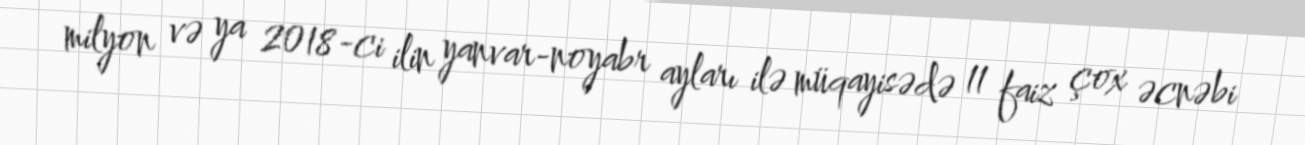
milyon və ya 2018-ci ilin yanvar-noyabr ayları ilə müqayisədə 11 faiz çox əcnəbi